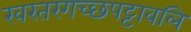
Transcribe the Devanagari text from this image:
खरतरगच्छपट्टावलि